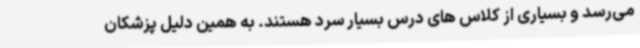
می‌رسد و بسیاری از کلاس های درس بسیار سرد هستند. به همین دلیل پزشکان